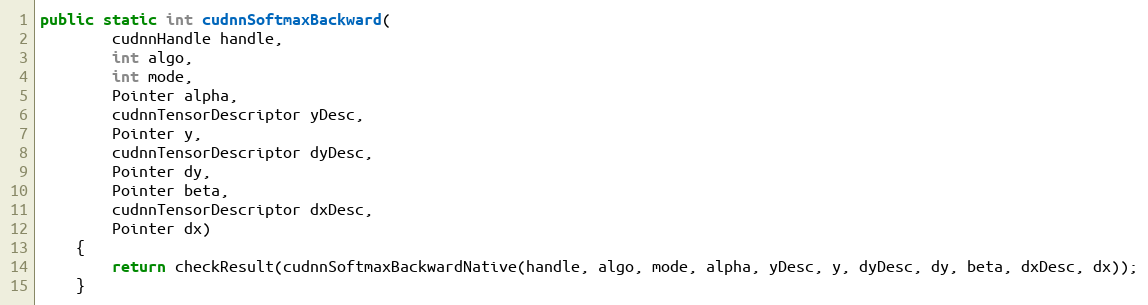
Language: Java
public static int cudnnSoftmaxBackward(
        cudnnHandle handle,
        int algo,
        int mode,
        Pointer alpha,
        cudnnTensorDescriptor yDesc,
        Pointer y,
        cudnnTensorDescriptor dyDesc,
        Pointer dy,
        Pointer beta,
        cudnnTensorDescriptor dxDesc,
        Pointer dx)
    {
        return checkResult(cudnnSoftmaxBackwardNative(handle, algo, mode, alpha, yDesc, y, dyDesc, dy, beta, dxDesc, dx));
    }